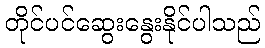
တိုင်ပင်ဆွေးနွေးနိုင်ပါသည်